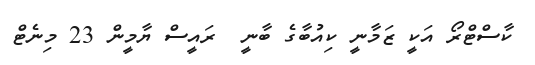
ކާސްޓްރޯ އަކީ ޒަމާނީ ކިއުބާގެ ބާނީ  ރައީސް ޔާމީން 23 މިނެޓް